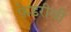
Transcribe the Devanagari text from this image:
फ़ेडरीची